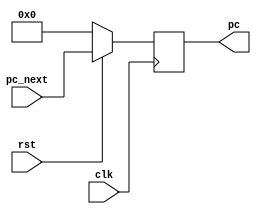
module p_c(pc_next,pc,rst,clk);

input [31:0] pc_next;
input rst,clk;

output reg [31:0] pc;

always @(posedge clk)
begin

if(rst==1'b0)
begin
pc<=32'h00000000;
end

else
begin
pc<=pc_next;
end

end

endmodule